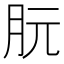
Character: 䏓